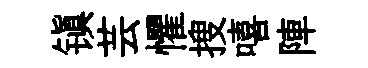
镇芸懼搜嘻陣